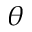
\theta